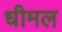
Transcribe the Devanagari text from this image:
धीमल